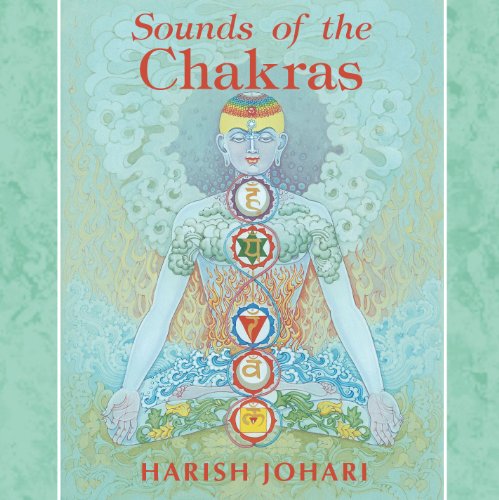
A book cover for Sounds of the Chakras; Harish Johari; Religion & Spirituality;